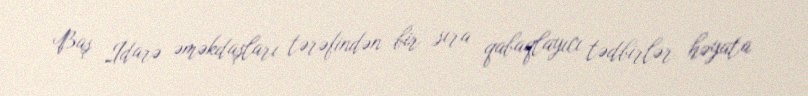
Baş İdarə əməkdaşları tərəfindən bir sıra qabaqlayıcı tədbirlər həyata